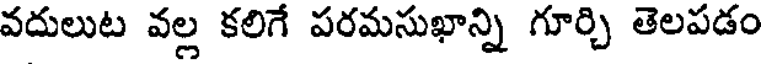
వదులుట వల్ల కలిగే పరమసుఖాన్ని గూర్చి తెలపడం